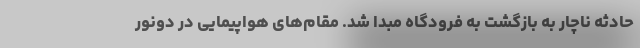
حادثه ناچار به بازگشت به فرودگاه مبدأ شد. مقام‌های هواپیمایی در دونور